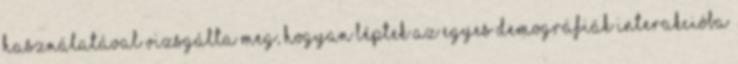
használatával vizsgálta meg, hogyan léptek az egyes demográfiák interakcióba